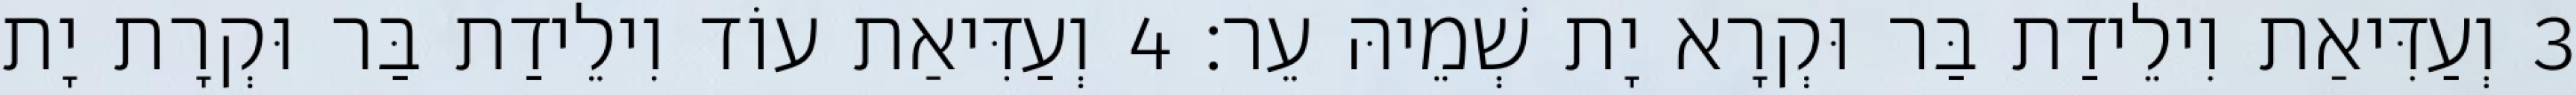
3 וְעַדִּיאַת וִילֵידַת בַּר וּקְרָא יָת שְׁמֵיהּ עֵר׃ 4 וְעַדִּיאַת עוֹד וִילֵידַת בַּר וּקְרָת יָת